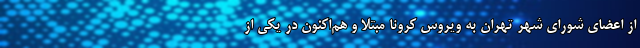
از اعضای شورای شهر تهران به ویروس کرونا مبتلا و هم‌اکنون در یکی از